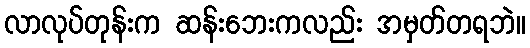
လာလုပ်တုန်းက ဆန်းဘေးကလည်း အမှတ်တရဘဲ။